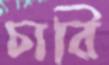
চারি